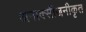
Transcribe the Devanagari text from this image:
अनाक्सीजनीकृत